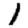
Digit: 1